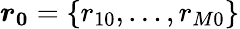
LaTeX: \boldsymbol{r_{0}}=\{ r_{10},\dots,r_{M0}\}